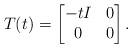
LaTeX: \begin{align*} T(t) = \begin{bmatrix}-tI & 0 \\0 & 0\end{bmatrix}.\end{align*}